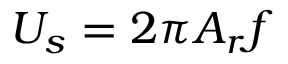
U _ { s } = 2 \pi A _ { r } f